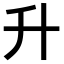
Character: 升